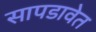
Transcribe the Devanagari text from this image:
सापडावेत